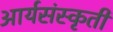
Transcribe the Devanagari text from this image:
आर्यसंस्कृती